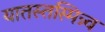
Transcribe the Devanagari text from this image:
यातस्तस्मिन्न्व